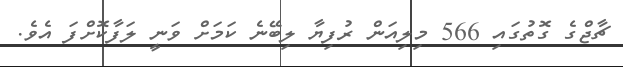
ޗާޖްގެ ގޮތުގައި 566 މިލިއަން ރުފިޔާ ލިބޭނެ ކަމަށް ވަނީ ލަފާކޮށްފަ އެވެ.